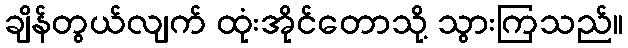
ချိန်တွယ်လျက် ထုံးအိုင်တောသို့ သွားကြသည်။